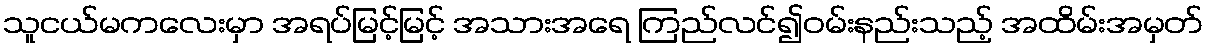
သူငယ်မကလေးမှာ အရပ်မြင့်မြင့် အသားအရေ ကြည်လင်၍ဝမ်းနည်းသည့် အထိမ်းအမှတ်